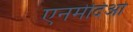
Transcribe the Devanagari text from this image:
एनमेदिओ